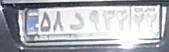
۵۷د۹۳۴۲۲